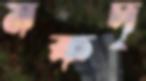
মকদ্